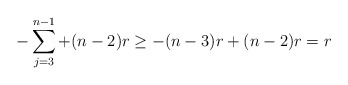
\begin{align*}- \sum\limits_{j=3}^{n-1} + (n-2)r \geq -(n-3)r + (n-2)r = r\end{align*}